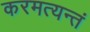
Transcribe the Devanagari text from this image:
करमत्यन्तं